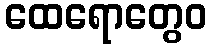
ထေရောတွေဝ